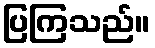
ပြကြသည်။